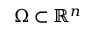
\Omega \subset \mathbb { R } ^ { n }